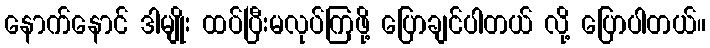
နောက်နောင် ဒါမျိုး ထပ်ပြီးမလုပ်ကြဖို့ ပြောချင်ပါတယ် လို့ ပြောပါတယ်။